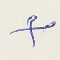
X